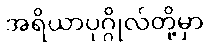
အရိယာပုဂ္ဂိုလ်တို့မှာ